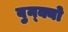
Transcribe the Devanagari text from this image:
बुन्क्यो